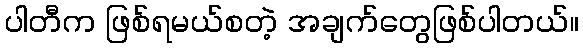
ပါတီက ဖြစ်ရမယ်စတဲ့ အချက်တွေဖြစ်ပါတယ်။